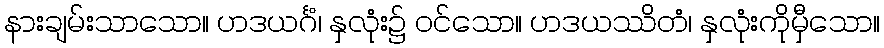
နားချမ်းသာသော။ ဟဒယင်္ဂံ၊ နှလုံး၌ ဝင်သော။ ဟဒယဿိတံ၊ နှလုံးကိုမှီသော။